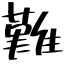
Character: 難